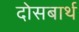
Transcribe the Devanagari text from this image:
दोसबार्थ